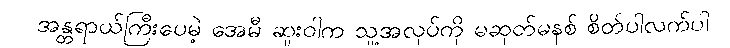
အန္တရာယ်ကြီးပေမဲ့ အေမီ ဆူးဝါက သူ့အလုပ်ကို မဆုတ်မနစ် စိတ်ပါလက်ပါ